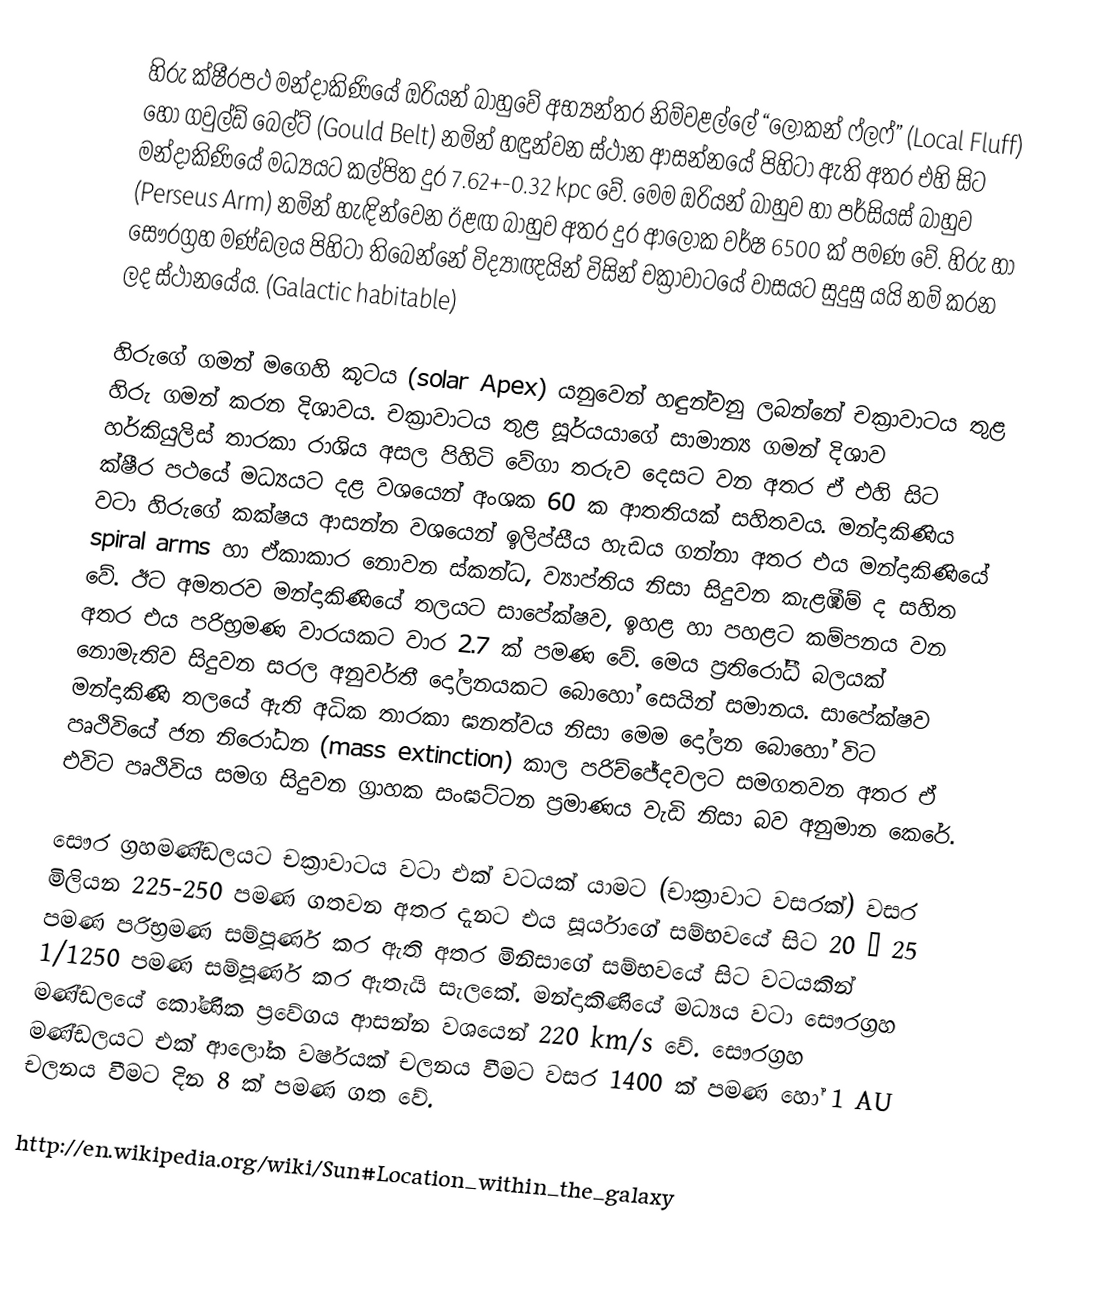
හිරු ක්ෂීරපථ මන්දාකිණියේ ඔරියන් බාහුවේ අභ්‍යන්තර නිම්වළල්ලේ “ලෝකන් ෆ්ලෆ්” (Local Fluff) හෝ ගවුල්ඩ් බෙල්ට් (Gould Belt) නමින් හඳුන්වන ස්ථාන ආසන්නයේ පිහිටා ඇති අතර එහි සිට මන්දාකිණියේ මධ්‍යයට කල්පිත දුර 7.62+-0.32 kpc වේ. මෙම ඔරියන් බාහුව හා පර්සියස් බාහුව (Perseus Arm) නමින් හැඳින්වෙන ඊළඟ බාහුව අතර දුර ආලෝක වර්ෂ 6500 ක් පමණ වේ. හිරු හා සෞරග්‍රහ මණ්ඩලය පිහිටා තිබෙන්නේ විද්‍යාඥයින් විසින් චක්‍රාවාටයේ වාසයට සුදුසු යයි නම් කරන ලද ස්ථානයේය. (Galactic habitable)

හිරුගේ ගමන් මගෙහි කූටය (solar Apex) යනුවෙන් හඳුන්වනු ලබන්නේ චක්‍රාවාටය තුළ හිරු ගමන් කරන දිශාවය. චක්‍රාවාටය තුළ සූර්යයාගේ සාමාන්‍ය ගමන් දිශාව හර්කියුලිස් තාරකා රාශිය අසල පිහිටි වේගා තරුව දෙසට වන අතර ඒ එහි සිට ක්ෂීර පථයේ මධ්‍යයට දළ වශයෙන් අංශක 60 ක ආතතියක් සහිතවය. මන්දාකිණිය වටා හිරුගේ කක්ෂය ආසන්න වශයෙන් ඉලිප්සීය හැඩය ගන්නා අතර එය මන්දාකිණියේ spiral arms හා ඒකාකාර නොවන ස්කන්ධ, ව්‍යාප්තිය නිසා සිදුවන කැළඹීම් ද සහිත වේ. ඊට අමතරව මන්දාකිණියේ තලයට සාපේක්ෂව, ඉහළ හා පහළට කම්පනය වන අතර එය පරිභ්‍රමණ වාරයකට වාර 2.7 ක් පමණ වේ. මෙය ප්‍රතිරෝධී බලයක් නොමැතිව සිදුවන සරල අනුවර්තී දෝලනයකට‍ බොහෝ සෙයින් සමානය. සාපේක්ෂව මන්දාකිණි තලයේ ඇති අධික තාරකා ඝනත්වය නිසා මෙම දෝලන බොහෝ විට පෘථිවියේ ජන නිරෝධන (mass extinction) කාල පරිච්ජේදවලට සමගතවන අතර ඒ එවිට පෘථිවිය සමග සිදුවන ග්‍රාහක සංඝට්ටන ප්‍රමාණය වැඩි නිසා‍ බව අනුමාන කෙරේ.

සෞර ග්‍රහමණ්ඩලයට චක්‍රාවාටය වටා එක් වටයක් යාමට (චාක්‍රාවාට වසරක්) වසර මිලියන 225-250 පමණ ගතවන අතර දැනට එය සූර්යාගේ සම්භවයේ සිට 20 – 25 පමණ පරිභ්‍රමණ සම්පූර්ණ කර ඇති අතර මිනිසාගේ සම්භවයේ සිට වටයකින් 1/1250 පමණ සම්පූර්ණ කර ඇතැයි සැලකේ. මන්දාකිණියේ මධ්‍යය වටා සෞරග්‍රහ මණ්ඩලයේ කෝණික ප්‍රවේගය ආසන්න වශයෙන් 220 km/s වේ. සෞරග්‍රහ මණ්ඩ‍ලයට එක් ආලෝක වර්ෂයක් චලනය වීමට වසර 1400 ක් පමණ හෝ 1 AU චලනය වීමට දින 8 ක් පමණ ගත වේ.

http://en.wikipedia.org/wiki/Sun#Location_within_the_galaxy